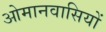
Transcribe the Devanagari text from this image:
ओमानवासियों